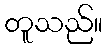
တူသည်။